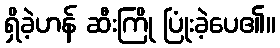
ရှိခဲ့ဟန် ဆီးကြို ပြုံးခဲ့ပေ၏။